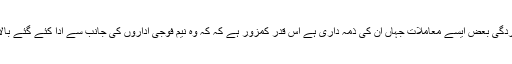
دوسری جانب قانون کے نفاذ پر مامور سویلین اداروں کی کارکردگی بعض ایسے معاملات جہاں ان کی ذمہ داری ہے اس قدر کمزور ہے کہ کہ وہ نیم فوجی اداروں کی جانب سے ادا کئے گئے بالادست کردار پر اپنی حیثیت کو بیان کرنے سے بھی قاصر ہیں ۔